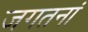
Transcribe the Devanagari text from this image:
जगतनां